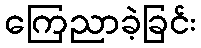
ကြေညာခဲ့ခြင်း